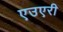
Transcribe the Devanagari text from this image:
एउएरी